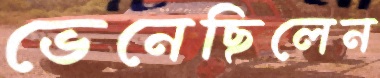
ভেনেছিলেন